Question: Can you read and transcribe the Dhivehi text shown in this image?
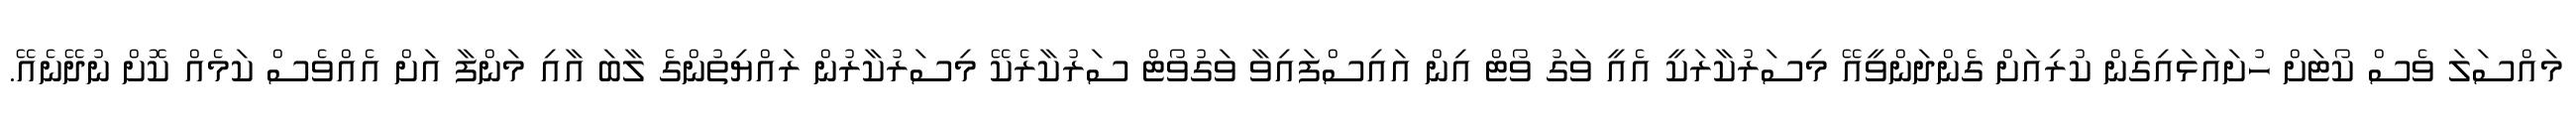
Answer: މައްސަލަ ވެސް ކޯޓަށް ހުށައަޅައިގެން ކުރިއަށް ގެންދަންވީއޭ މިސަރުކާރަކީ އެއީ ވަގު ވޯޓް އިން އައިސްފައިވާ ވަގުވޯޓް ސަރުކާރެކޭ މިސަރުކާރުން ރައްޔިތުންގެ ލާބަ އާއި މަންފާ އަށް އެއްވެސް ކަމެއް ކޮށް ނުދޭނެއޭ.